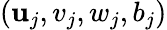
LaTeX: (\mathbf{u}_{j},v_{j},w_{j},b_{j})